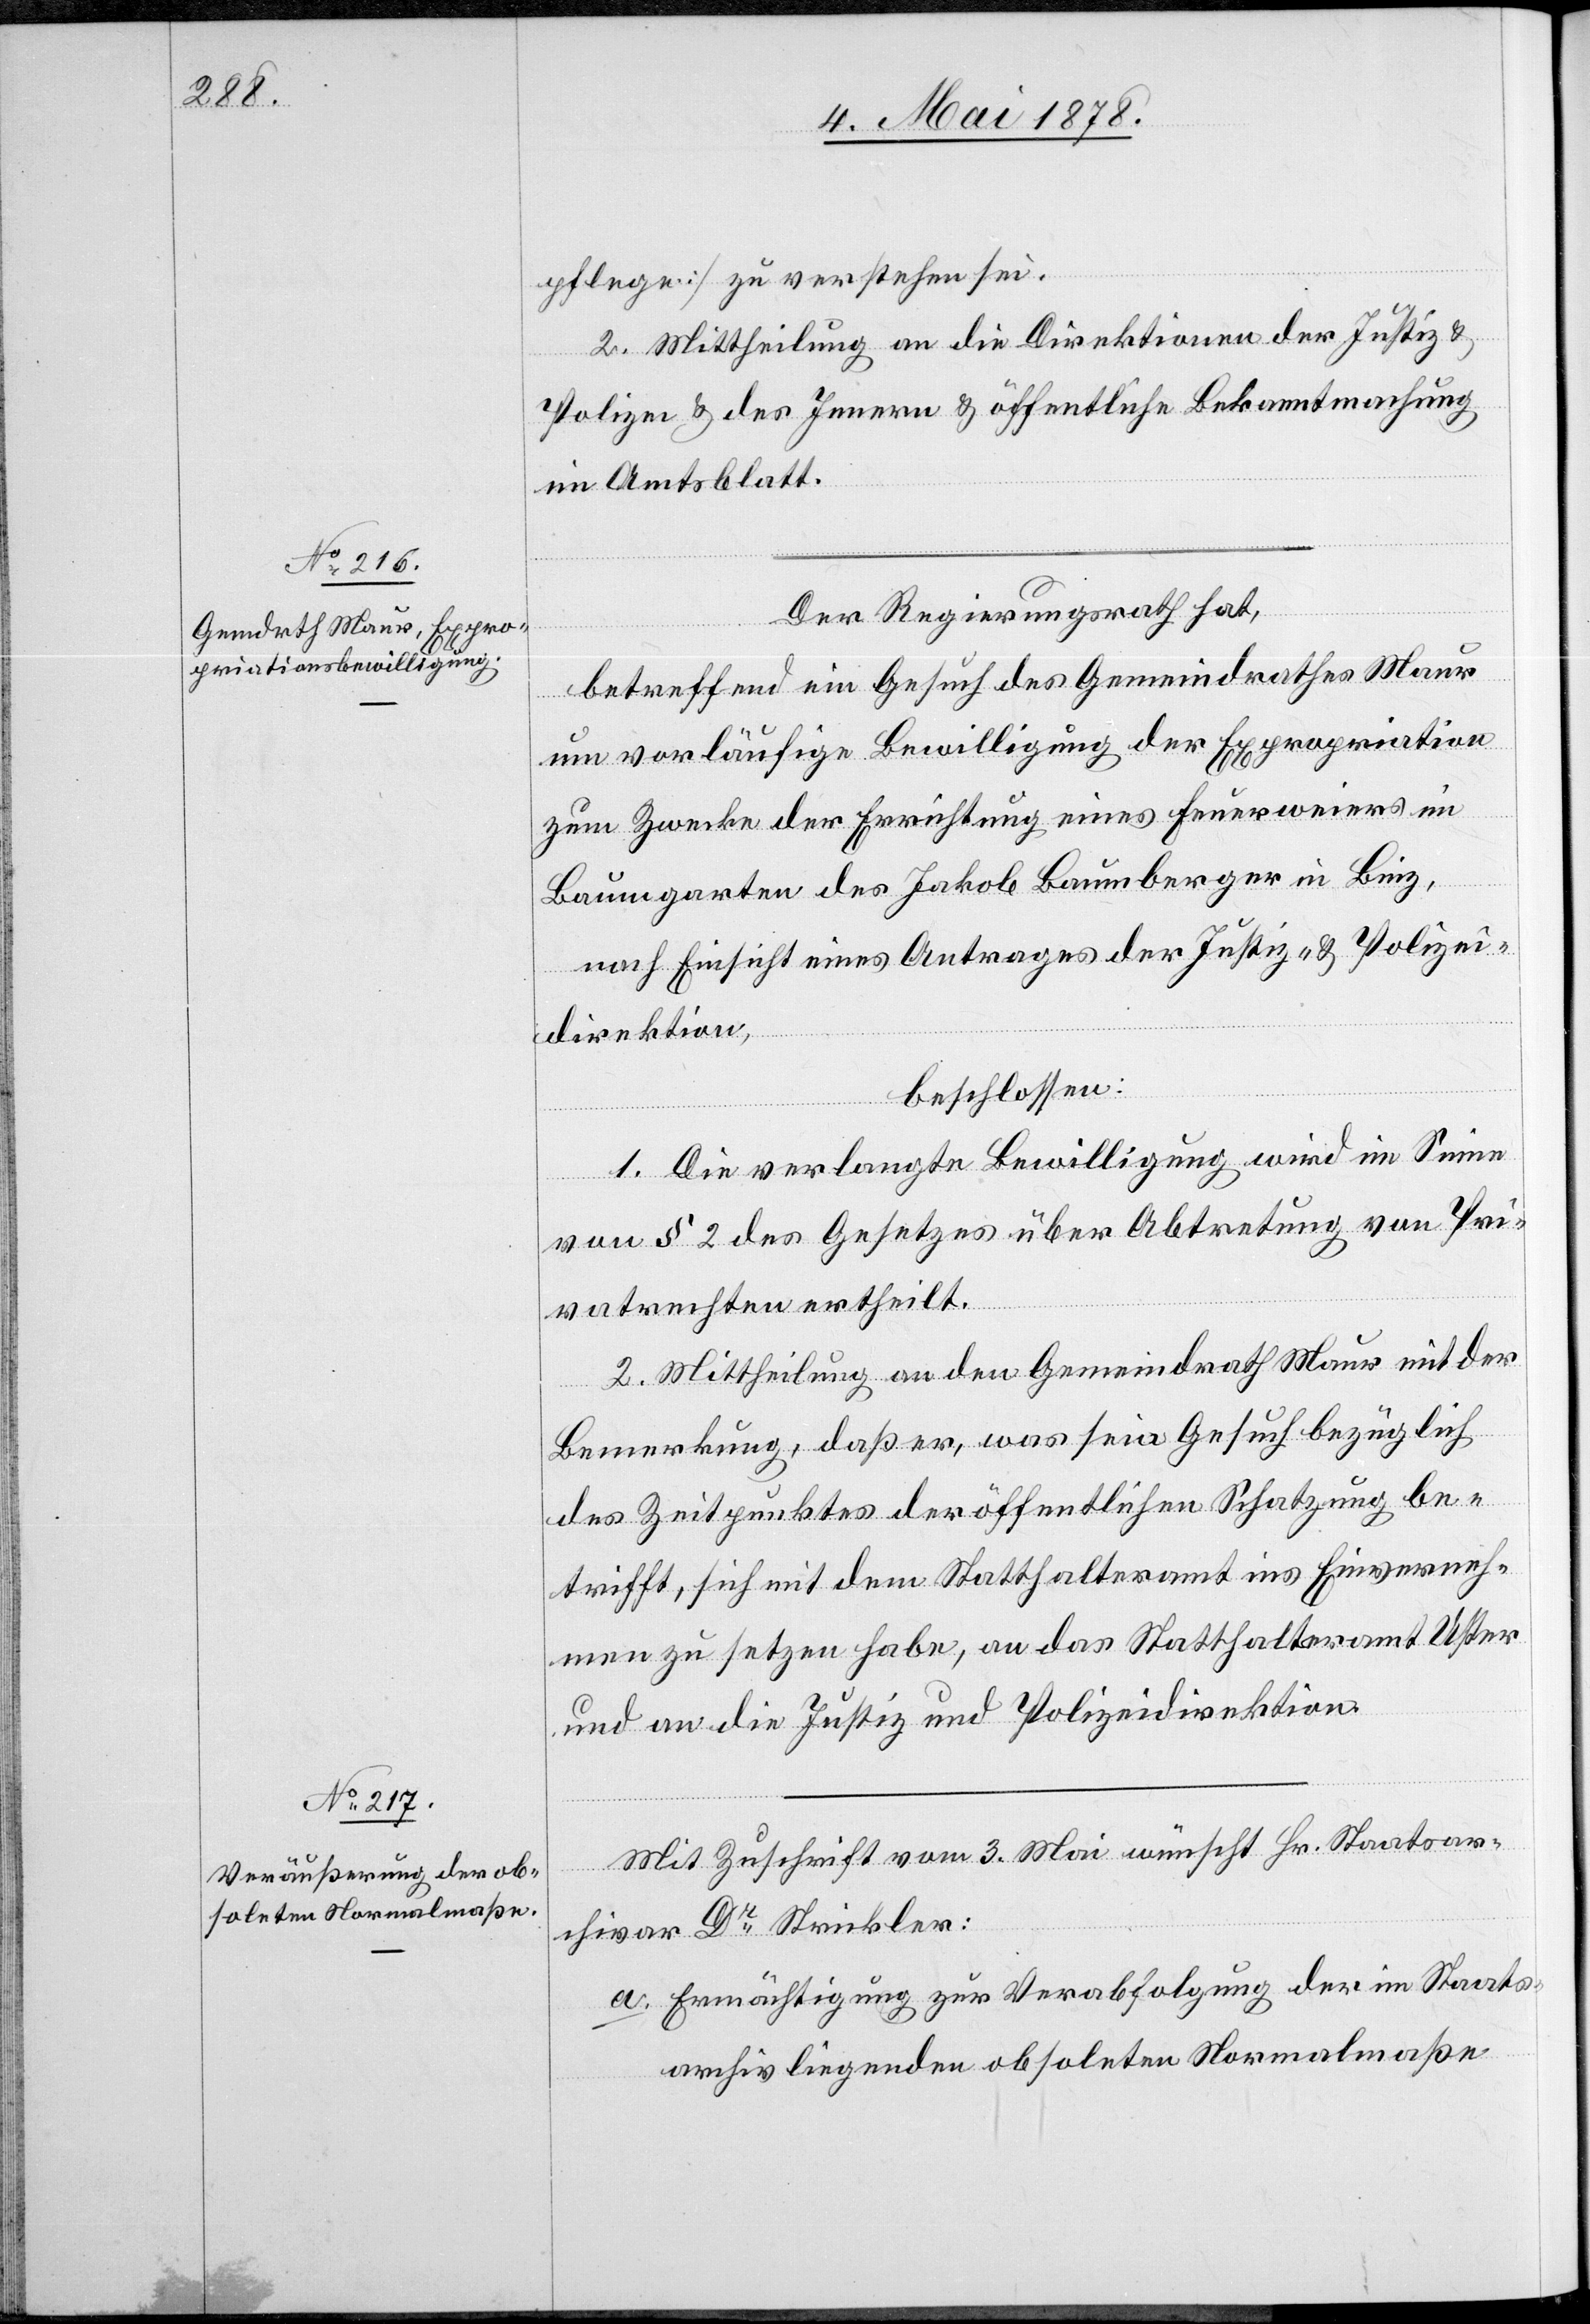
a.
pflege] zu verstehen sei.
2. Mittheilung an die Direktionen der Justiz &
Polizei & des Innern & öffentliche Bekanntmachung
im Amtsblatt.
Der Regierungsrath hat,
betreffend ein Gesuch des Gemeindrathes Maur
um vorläufige Bewilligung der Expropriation
zum Zwecke der Errichtung eines Feuerweiers im
Baumgarten des Jakob Baumberger in Binz,
nach Einsicht eines Antrages der Justiz- & Polizei¬
direktion,
beschlossen:
1. Die verlangte Bewilligung wird im Sinne
von § 2 des Gesetzes über Abtretung von Pri¬
vatrechten ertheilt.
2. Mittheilung an den Gemeindrath Maur mit der
Bemerkung, daß er, was sein Gesuch bezüglich
des Zeitpunktes der öffentlichen Schatzung be¬
trifft, sich mit dem Statthalteramt ins Einverneh¬
men zu setzen habe, an das Statthalteramt Uster
und an die Justiz[-] und Polizeidirektion.
Mit Zuschrift vom 3. Mai wünscht Hr. Staatsar¬
chivar Dr Strickler:
Ermächtigung zur Verabfolgung der im Staats¬
archiv liegenden obsoleten Normalmaße